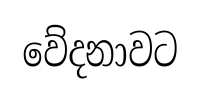
වේදනාවට